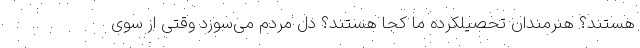
هستند؟ هنرمندان تحصیلکرده ما کجا هستند؟ دل مردم می‌سوزد وقتی از سوی